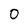
Character: 0